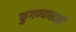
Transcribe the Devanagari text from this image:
फुगण्यासाठी